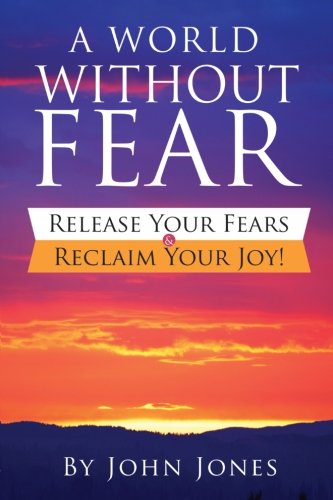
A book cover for A World Without Fear: Release Your Fears & Reclaim Your Joy!; John B. Jones; Self-Help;